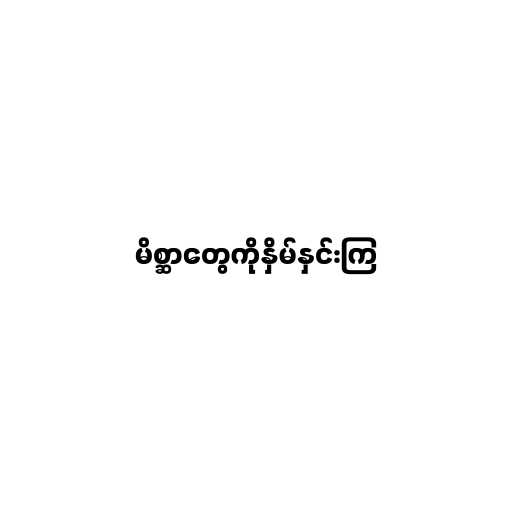
မိစ္ဆာတွေကိုနှိမ်နှင်းကြ